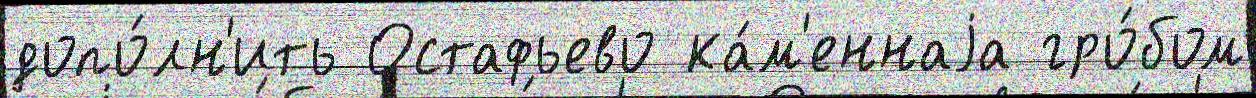
допо́лн'ить Остафьево ка́м'еннаjа гро́бом